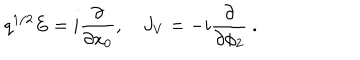
LaTeX: q ^ { 1 / 2 } E = i { \frac { \partial } { \partial x _ { 0 } } } , \quad J _ { V } = - i { \frac { \partial } { \partial \phi _ { 2 } } } \ .